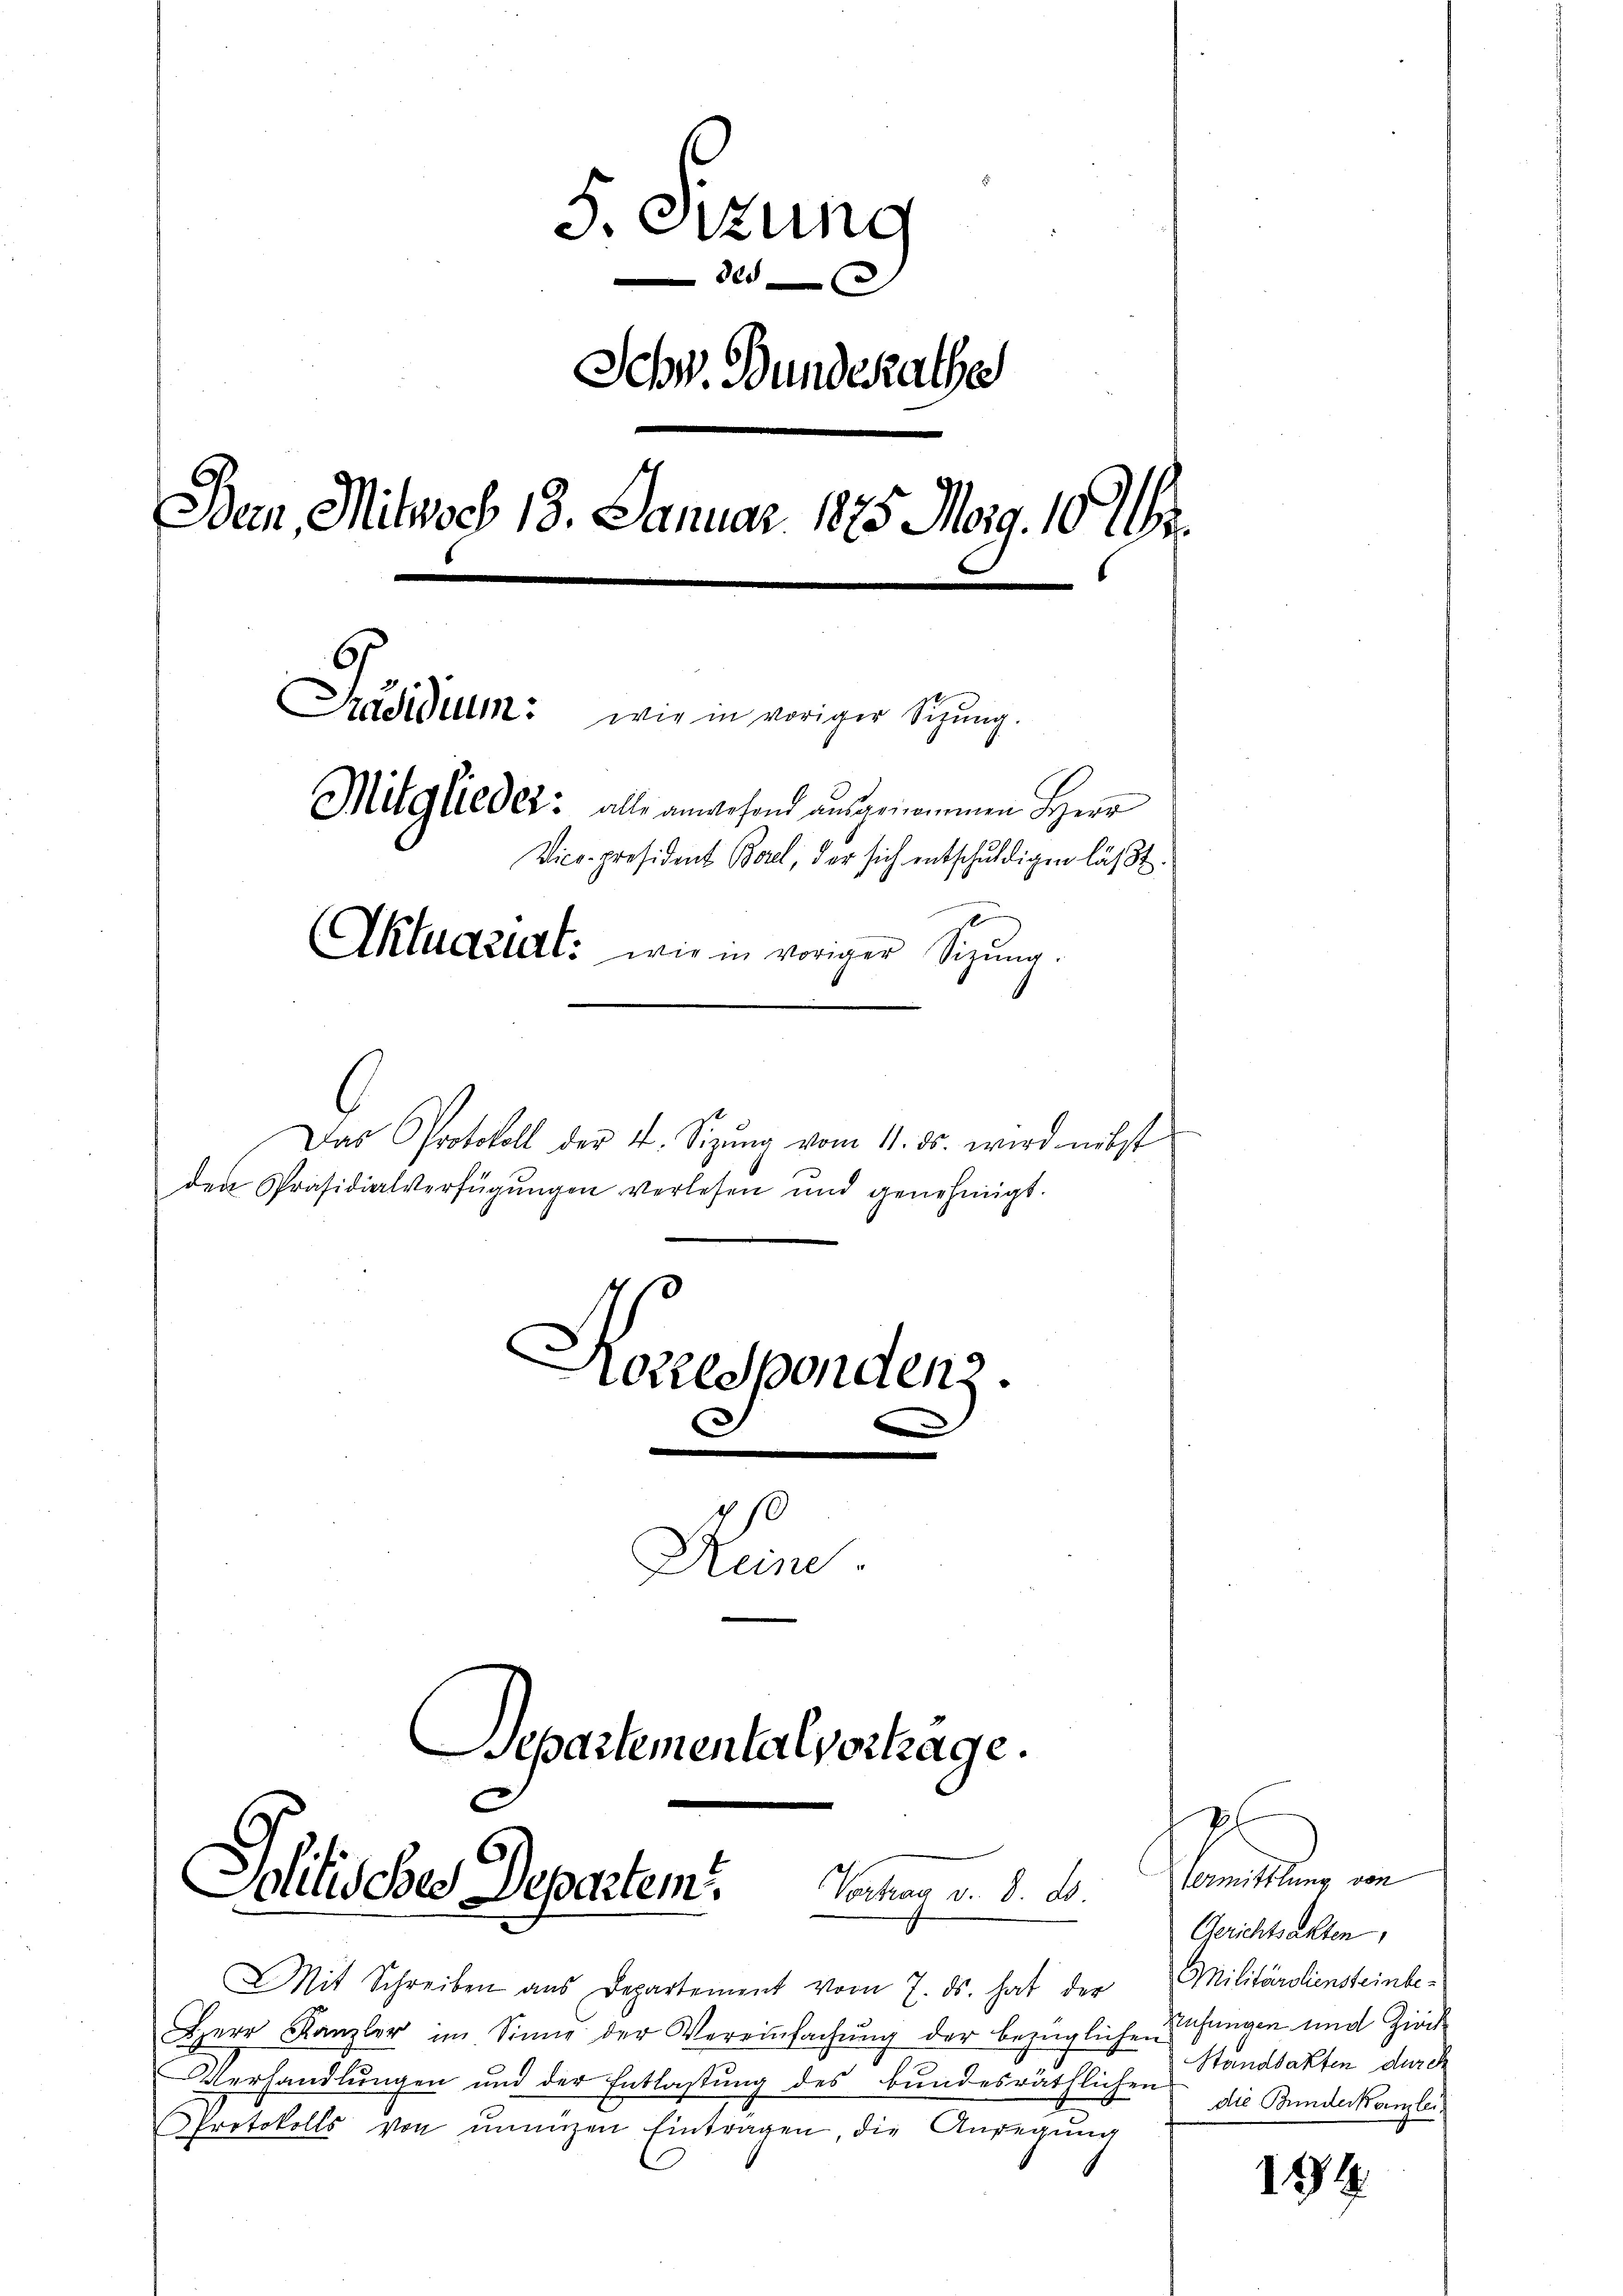
5. Sitzung
Schw. Bundesrathe
e
Ban, Mitwoch 13. Januar 1875 Marg. 101.
Präsidium: wie in voriger Schŭng.
Mitglieder: alle anwesend ausgenommen Herr
Vice-Präsident Borel, der sich entschuldigen läßt.
Aktuazurt: wie in voriger Sitzung.

Das Protokoll der 4. Sizŭng vom 11. ds. wird nebst
den Präsidialverfügŭngen verlesen und genehmigt.
Aozeldpondenz.
Kem.
Departemental vorlage.

e

Politisches Departem Vortrag d. d. M.

7
Vermittlung von
Gerichtsakten,
Militäraliensteinbe-
Standsakten durch
die Bunderkamlei,

Mit Schreiben aus Departement vom 7. ds. hat der
Herr Kanzler im Sinne der Vereinfachung der bezüglichenhangen und Zirk
Verhandlungen und der Entlastŭng des bundesräthlichen
Protokolls von innigen Eintragen, die Anregung

194